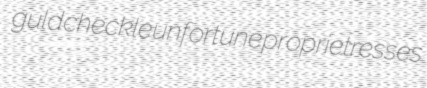
guld checkle unfortune proprietresses